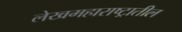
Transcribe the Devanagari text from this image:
लेखमहाराष्ट्रातील